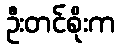
ဦးတင်စိုးက